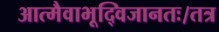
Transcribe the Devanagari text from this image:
आत्मैवाभूद्विजानतः।तत्र